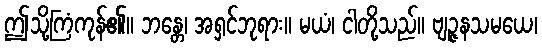
ဤသို့ကြံကုန်၏။ ဘန္တေ၊ အရှင်ဘုရား။ မယံ၊ ငါတို့သည်။ ဗျဉ္ဇနသမယေ၊